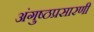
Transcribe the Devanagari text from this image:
अंगुष्ठप्रसारणी